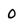
Character: O